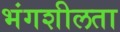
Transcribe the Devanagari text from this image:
भंगशीलता